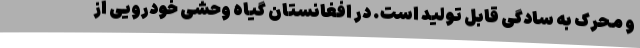
و محرک به سادگی قابل تولید است. در افغانستان گیاه وحشی خودرویی از